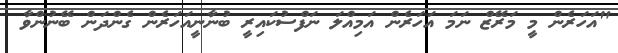
"އަހަރެން މީ މަރޭޒް ނަމަ އަހަރެން އަމިއްލަ ނަފްސުކައިރީ ބުނާނީއަހަރެން ގެންދަން ބޭނުންވާ